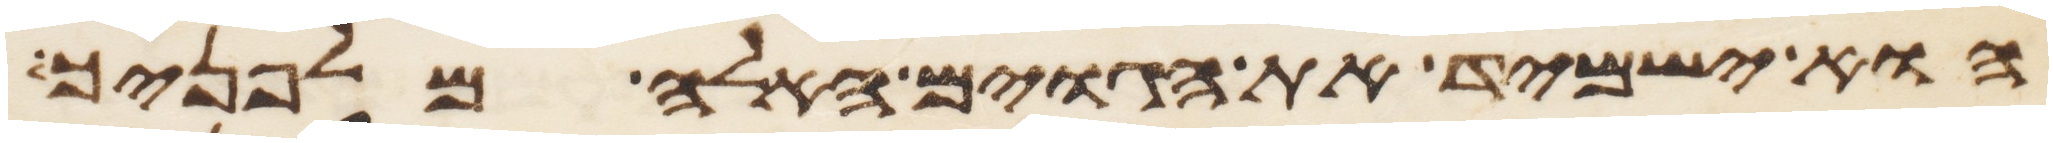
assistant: הוא ישמיד את הגוים האלה מלפניך